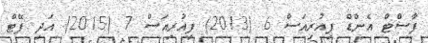
ފާސްޓް އެންޑް ފިއުރިއަސް 6 (2013) ފިއުރިއަސް 7 (2015) އަދި ފޭޓް